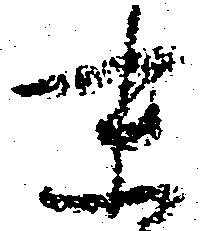
末